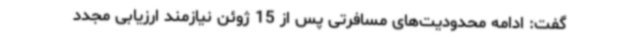
گفت: ادامه محدودیت‌های مسافرتی پس از 15 ژوئن نیازمند ارزیابی مجدد